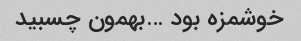
خوشمزه بود …بهمون چسبید